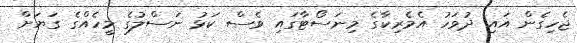
ޖެހިގެން އައި ދުވަހު އެމެރިކާގެ މިނަސޯޓާގައި ވެސް ކަޅު ނަސްލުގެ މީހެއްގެ ގަޔަށް